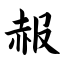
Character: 赧